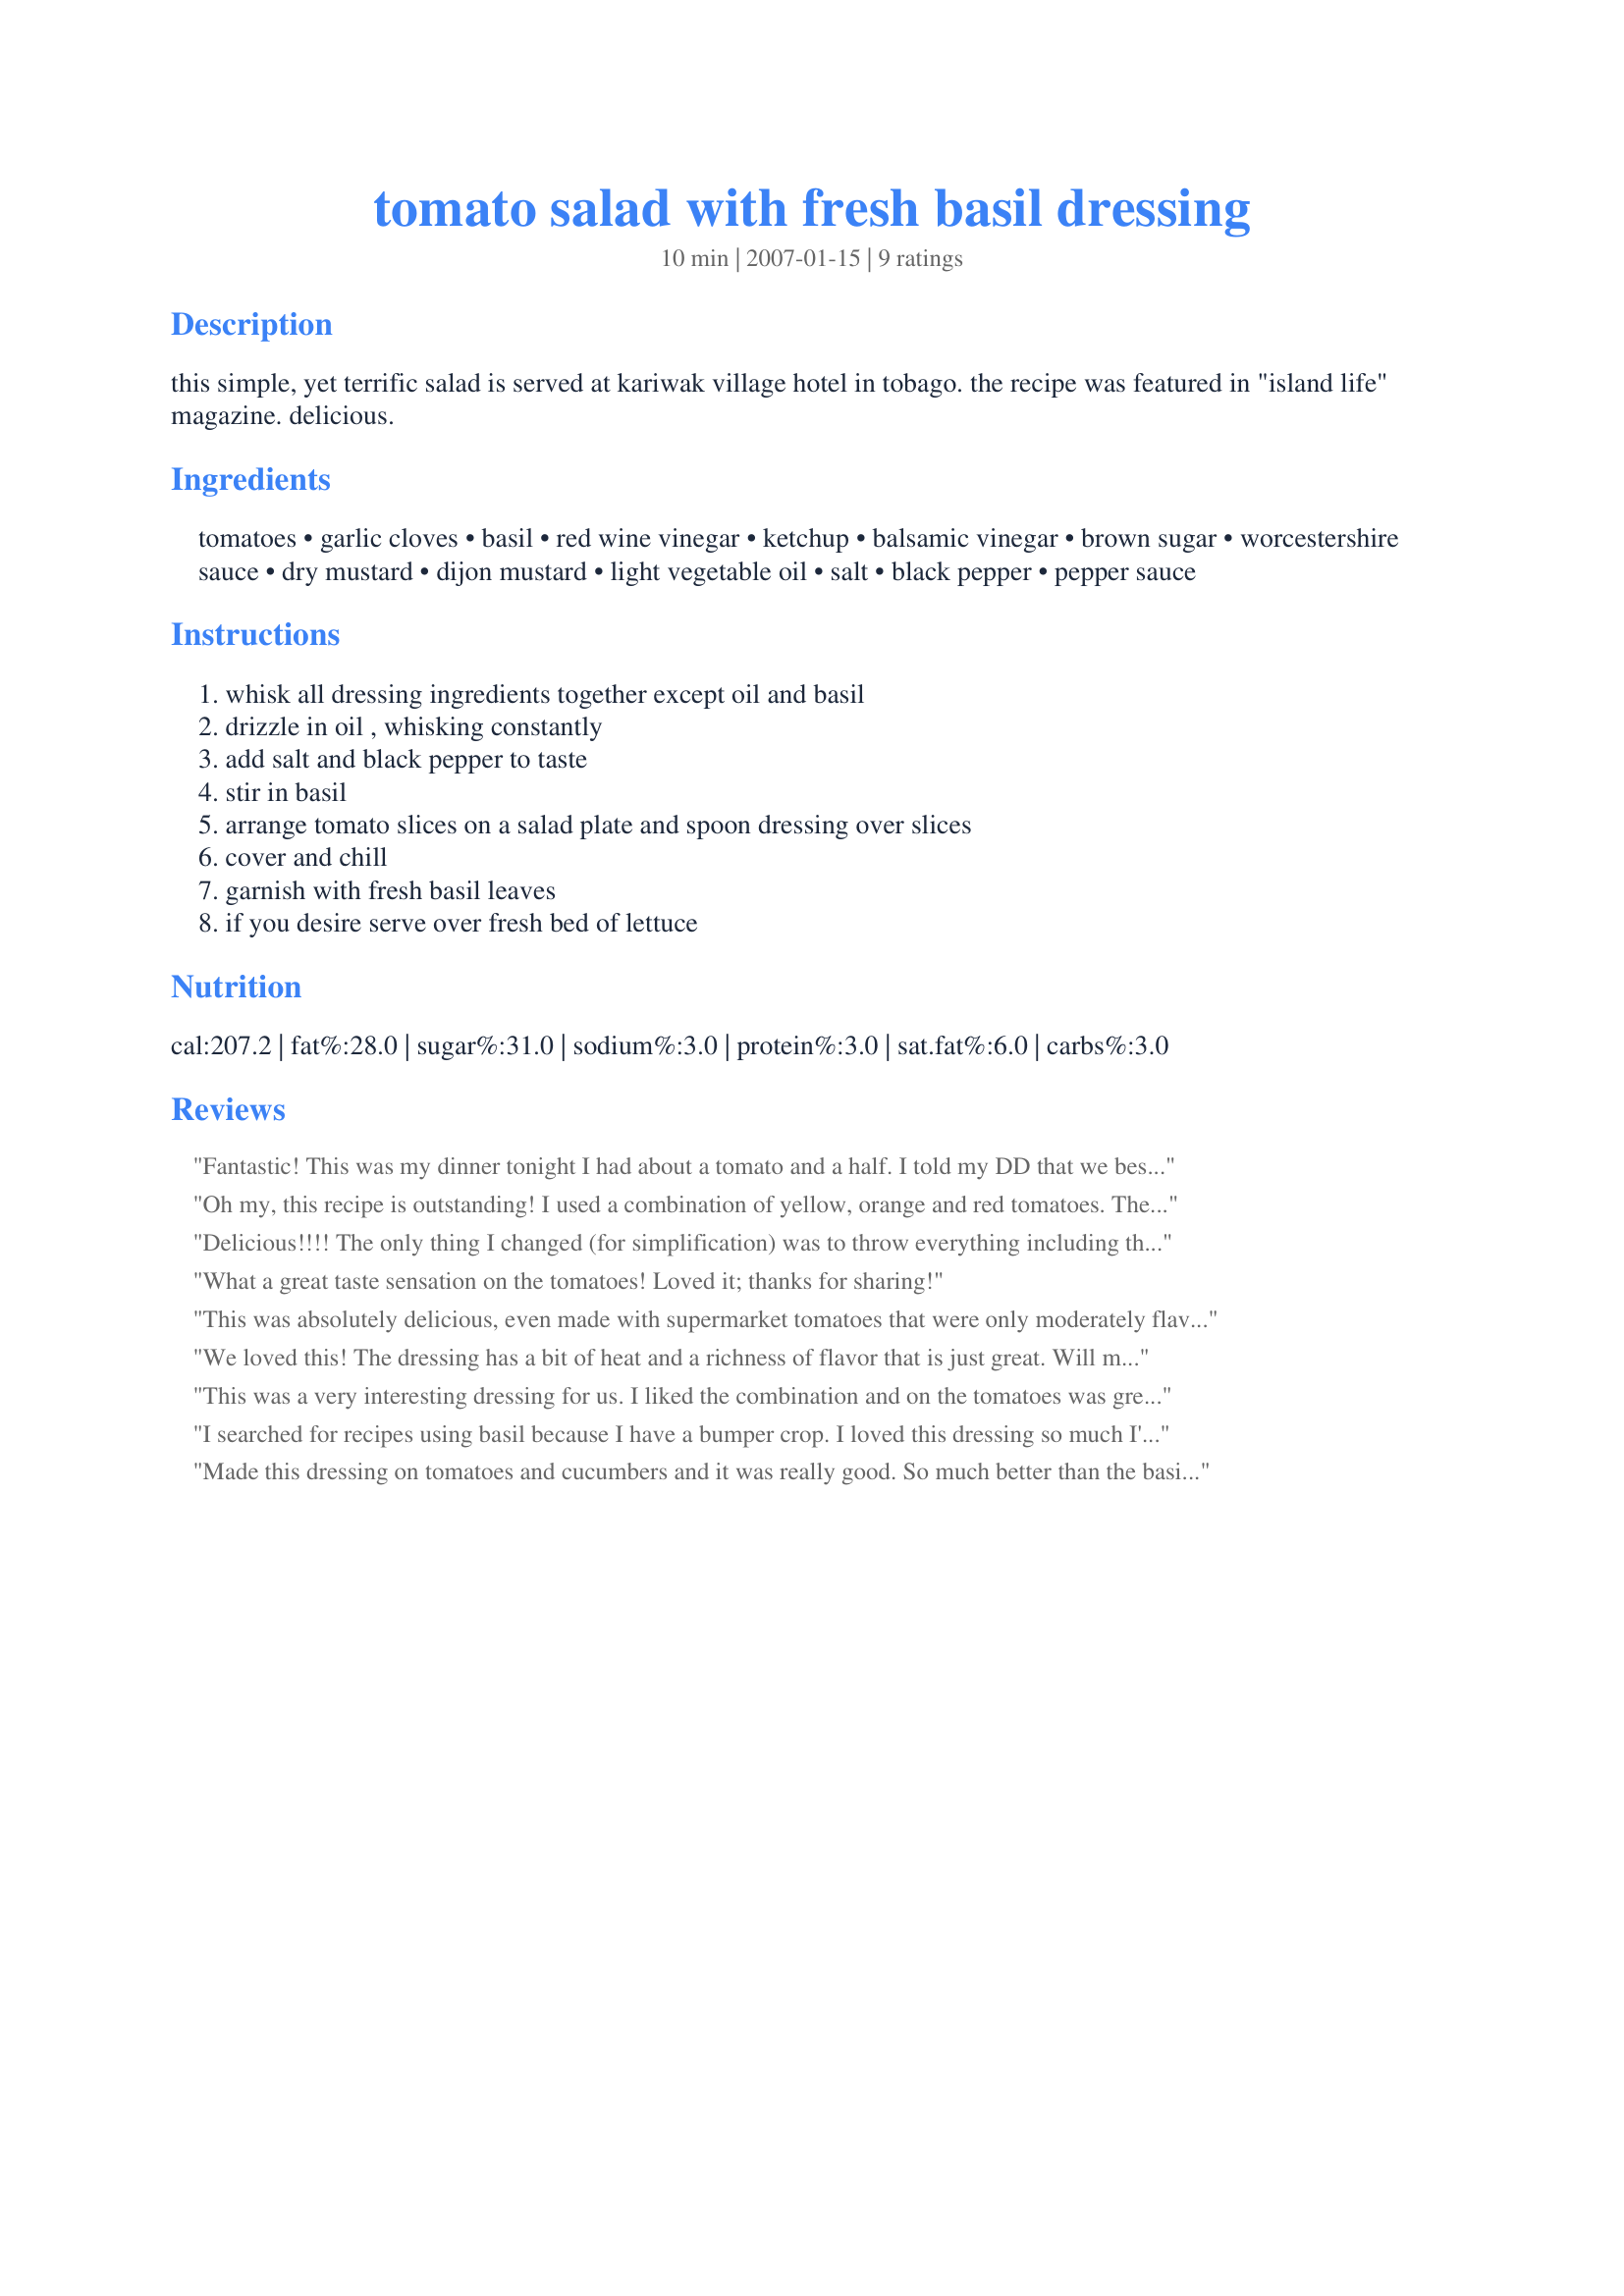
tomato salad with fresh basil dressing
Preparation time: 10 minutes

this simple, yet terrific salad is served at kariwak village hotel in tobago. the recipe was featured in "island life" magazine. delicious.

Ingredients:
tomatoes, garlic cloves, basil, red wine vinegar, ketchup, balsamic vinegar, brown sugar, worcestershire sauce, dry mustard, dijon mustard, light vegetable oil, salt, black pepper, pepper sauce

Steps:
whisk all dressing ingredients together except oil and basil, drizzle in oil , whisking constantly, add salt and black pepper to taste, stir in basil, arrange tomato slices on a salad plate and spoon dressing over slices, cover and chill, garnish with fresh basil leaves, if you desire serve over fresh bed of lettuce

Reviews:
Fantastic! This was my dinner tonight I had about a tomato and a half. I told my DD that we best not eat any more. Because I think it would taste great with some fresh mozzarella cheese on each tomato. So I'm going to try to find some tomorrow. I can't wait to make this with my garden tomatoes this summer. de Roche, thank you so much for posting this. We will be making it often. Made for 1-2-3 Hit Wonders 2007
Oh my, this recipe is outstanding! I used a combination of yellow, orange and red tomatoes. The taste of the dressing is a perfect balance of tart and sweet. I love fresh basil and it adds a nice dimension to all the other wonderful flavors. I did not change one thing. This recipe is wonderful as it is posted. Thanks so much, de Roche!
Delicious!!!! The only thing I changed (for simplification) was to throw everything including the basil into the cuisinart to blend it all together. I then substituted olive oil for the vegetable oil as I think olive oil and basil are meant to be together. But the flavours are outstanding together. Try this tonight, you won't be disappointed!
What a great taste sensation on the tomatoes! 
Loved it; thanks for sharing!
This was absolutely delicious, even made with supermarket tomatoes that were only moderately flavorable. The dressing made up for it, but I can't wait to try it again with the wonderful tomatoes I get from the farmer's market.
We loved this! The dressing has a bit of heat and a richness of flavor that is just great.
Will make this again and again. May make the dressing for other uses, as well.
Thank you for posting this.
This was a very interesting dressing for us. I liked the combination and on the tomatoes was great. I can't wait for home grown to come into season. thanks
I searched for recipes using basil because I have a bumper crop. I loved this dressing so much I'd make it even if I had to buy the basil...it is very tasty. I served it with chicken and pasta with this sauce, which is delicious "Recipe #14784". I love summer foods!!
Made this dressing on tomatoes and cucumbers and it was really good. So much better than the basic vinegar dressing I usually make.. will be enjoying this a lot this summer.
